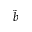
\tilde { b }